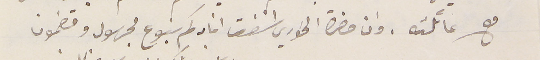
مع عائلته. وان حضرة الخوري اسْقف افادكم بنوع مجهول ومضمون